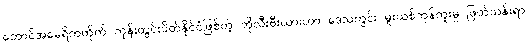
တောင်အမေရိကတိုက် ကုန်းတွင်းပိတ်နိုင်ငံဖြစ်တဲ့ ဘိုလီးဗီးယားဟာ ဒေသတွင်း မူးယစ်ကုန်ကူးမှု ဖြတ်သန်းရာ